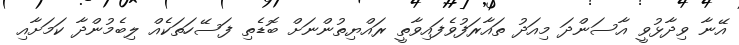
އޭނާ ވިދާޅުވީ އާސަންދަ މިއަދު ތައާރަފުވެފައިވާތީ ރައްޔިތުންނަށް ބޮޑެތި ފަސޭހަތަކެއް ލިބެމުންދާ ކަމަށާއި